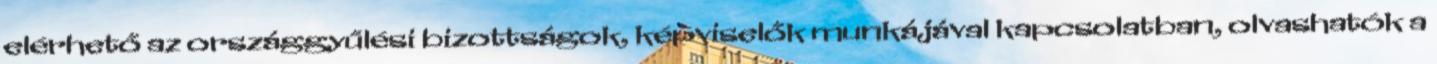
elérhető az országgyűlési bizottságok, képviselők munkájával kapcsolatban, olvashatók a